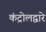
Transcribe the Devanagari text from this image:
कंट्रोलद्वारे